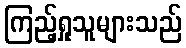
ကြည့်ရှုသူများသည်